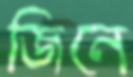
জিনে